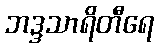
ဘဒ္ဒသာရိတီရေ